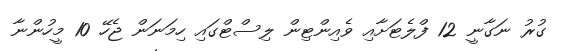
ގުރު ނަގާނީ 12 ފްލެޓަށާއި ވެއިންޓިން ލިސްޓްގައި ހިމަނަން ޖެހޭ 10 މީހުންނާ